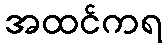
အထင်ကရ